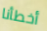
أخطأنا